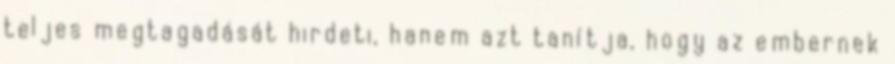
teljes megtagadását hirdeti, hanem azt tanítja, hogy az embernek